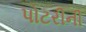
પોટરીની